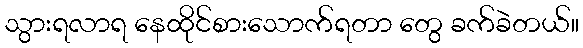
သွားရလာရ နေထိုင်စားသောက်ရတာ တွေ ခက်ခဲတယ်။